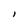
Character: l